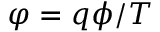
\varphi = q \phi / T